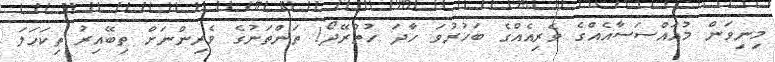
މިނިވަން މުއައްސަސާއެއްގެ ވެރިއެއްގެ ބަހުރުވަ ހާދަ ހުތުރޭދޯ! ތަންތަނުގެ ވެރިންނަށް ތިބޭއިރު ތިކަހަލަ